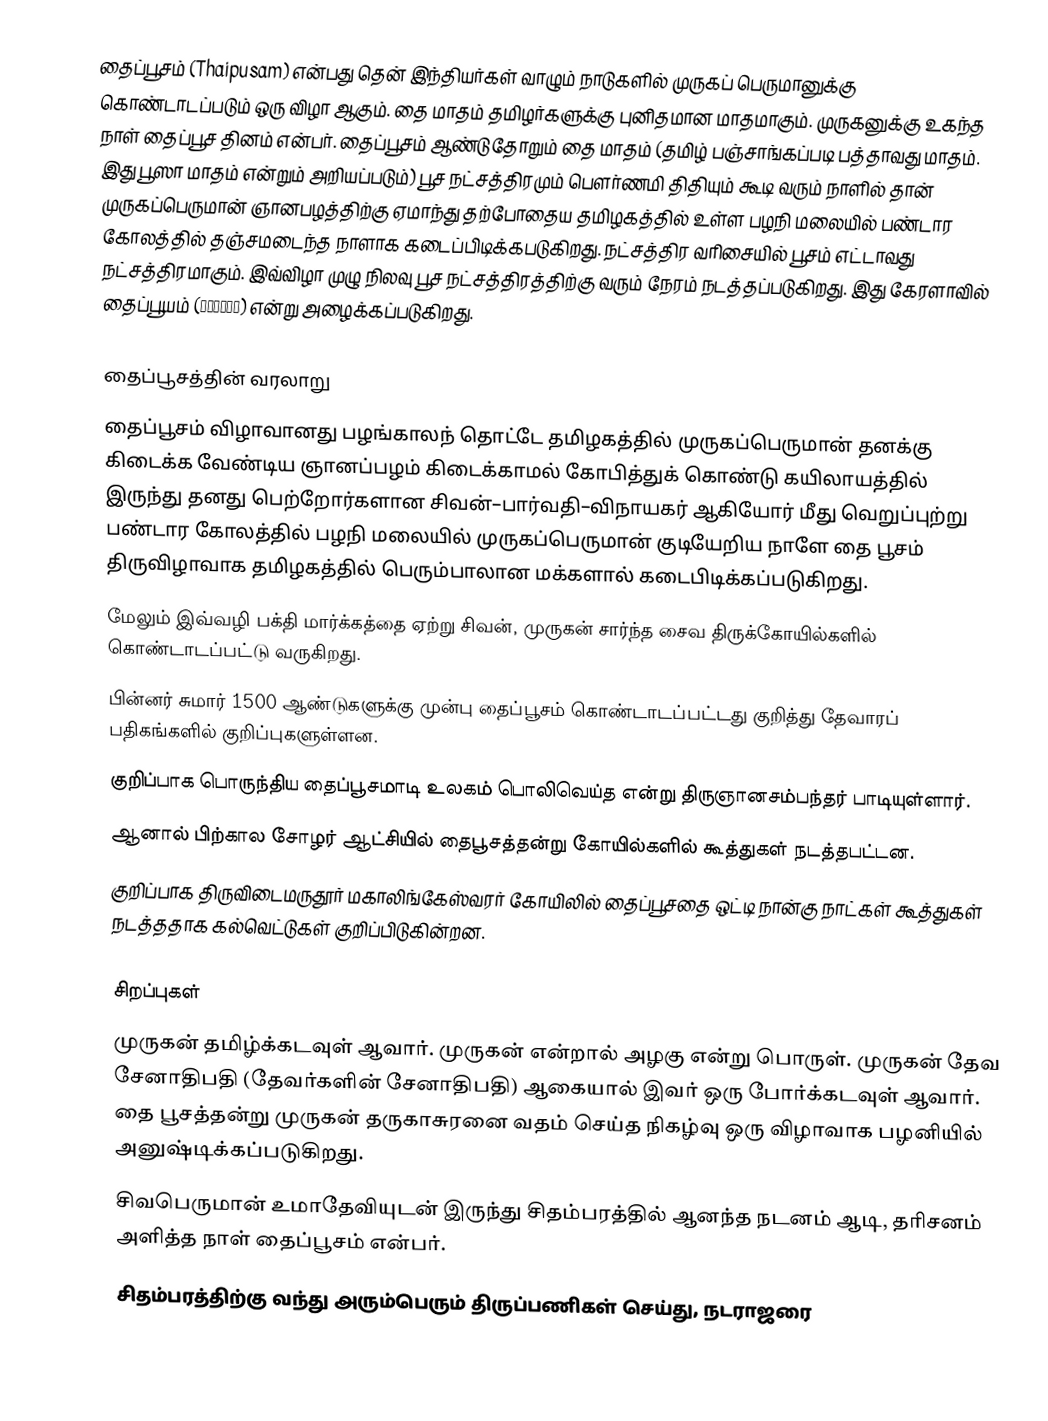
தைப்பூசம் (Thaipusam) என்பது தென் இந்தியர்கள் வாழும் நாடுகளில் முருகப் பெருமானுக்கு கொண்டாடப்படும் ஒரு விழா ஆகும். தை மாதம் தமிழர்களுக்கு புனிதமான மாதமாகும். முருகனுக்கு உகந்த நாள் தைப்பூச தினம் என்பர். தைப்பூசம் ஆண்டுதோறும் தை மாதம் (தமிழ் பஞ்சாங்கப்படி பத்தாவது மாதம். இது பூஸா மாதம் என்றும் அறியப்படும்) பூச நட்சத்திரமும் பௌர்ணமி திதியும் கூடி வரும் நாளில் தான் முருகப்பெருமான் ஞானபழத்திற்கு ஏமாந்து தற்போதைய தமிழகத்தில் உள்ள பழநி மலையில் பண்டார கோலத்தில் தஞ்சமடைந்த நாளாக கடைப்பிடிக்கபடுகிறது. நட்சத்திர வரிசையில் பூசம் எட்டாவது நட்சத்திரமாகும். இவ்விழா முழு நிலவு பூச நட்சத்திரத்திற்கு வரும் நேரம் நடத்தப்படுகிறது. இது கேரளாவில் தைப்பூயம் (തൈപൂയം) என்று அழைக்கப்படுகிறது.

தைப்பூசத்தின் வரலாறு
 தைப்பூசம் விழாவானது பழங்காலந் தொட்டே தமிழகத்தில் முருகப்பெருமான் தனக்கு கிடைக்க வேண்டிய ஞானப்பழம் கிடைக்காமல் கோபித்துக் கொண்டு கயிலாயத்தில் இருந்து தனது பெற்றோர்களான சிவன்–பார்வதி–விநாயகர் ஆகியோர் மீது வெறுப்புற்று பண்டார கோலத்தில் பழநி மலையில் முருகப்பெருமான் குடியேறிய நாளே தை பூசம் திருவிழாவாக தமிழகத்தில் பெரும்பாலான மக்களால் கடைபிடிக்கப்படுகிறது.
 மேலும் இவ்வழி பக்தி மார்க்கத்தை ஏற்று சிவன், முருகன் சார்ந்த சைவ திருக்கோயில்களில் கொண்டாடப்பட்டு வருகிறது.
 பின்னர் சுமார் 1500 ஆண்டுகளுக்கு முன்பு தைப்பூசம் கொண்டாடப்பட்டது குறித்து தேவாரப் பதிகங்களில் குறிப்புகளுள்ளன.
 குறிப்பாக பொருந்திய தைப்பூசமாடி உலகம் பொலிவெய்த என்று திருஞானசம்பந்தர் பாடியுள்ளார்.
 ஆனால் பிற்கால சோழர் ஆட்சியில் தைபூசத்தன்று கோயில்களில் கூத்துகள் நடத்தபட்டன.
 குறிப்பாக திருவிடைமருதூர் மகாலிங்கேஸ்வரர் கோயிலில் தைப்பூசதை ஒட்டி நான்கு நாட்கள் கூத்துகள் நடத்ததாக கல்வெட்டுகள் குறிப்பிடுகின்றன.

சிறப்புகள்
 முருகன் தமிழ்க்கடவுள் ஆவார். முருகன் என்றால் அழகு என்று பொருள். முருகன் தேவ சேனாதிபதி (தேவர்களின் சேனாதிபதி) ஆகையால் இவர் ஒரு போர்க்கடவுள் ஆவார். தை பூசத்தன்று முருகன் தருகாசுரனை வதம் செய்த நிகழ்வு ஒரு விழாவாக பழனியில் அனுஷ்டிக்கப்படுகிறது.
 சிவபெருமான் உமாதேவியுடன் இருந்து சிதம்பரத்தில் ஆனந்த நடனம் ஆடி, தரிசனம் அளித்த நாள் தைப்பூசம் என்பர்.
 சிதம்பரத்திற்கு வந்து அரும்பெரும் திருப்பணிகள் செய்து, நடராஜரை